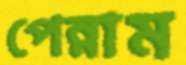
পেন্নাম